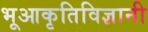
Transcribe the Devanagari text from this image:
भूआकृतिविज्ञानी